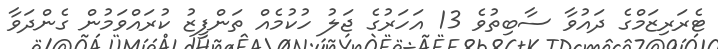
ޓެރަރިޒަމްގެ ދައުވާ ސާބިތުވެ 13 އަހަރުގެ ޖަލު ހުކުމެއް ތަންފީޒު ކުރައްވަމުން ގެންދަވާ